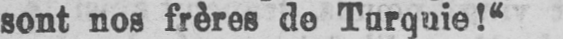
sont nos frères de Turquie!“